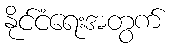
နိုင်ငံရေးအတွက်